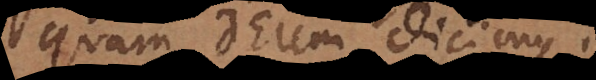
quam Deum dicimus.